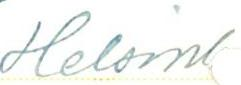
Helsinl